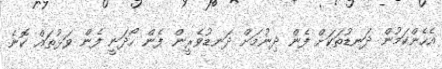
އެހެންކަމުން ދަނޑުތަކަށް ފެން ދިނުމަށް ދަނޑުވެރީން ފެން ހޯދަނީ ފެން ވަޅުތައް ކޮނެ